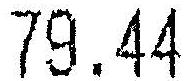
79.44